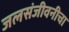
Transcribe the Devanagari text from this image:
जलसंजीवनीचा